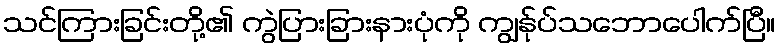
သင်ကြားခြင်းတို့၏ ကွဲပြားခြားနားပုံကို ကျွန်ုပ်သဘောပေါက်ပြီ။